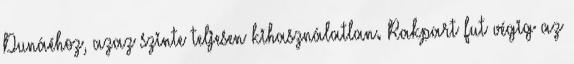
Dunáéhoz, azaz szinte teljesen kihasználatlan. Rakpart fut végig az